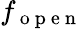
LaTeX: f_{\mathrm{~o~p~e~n~}}